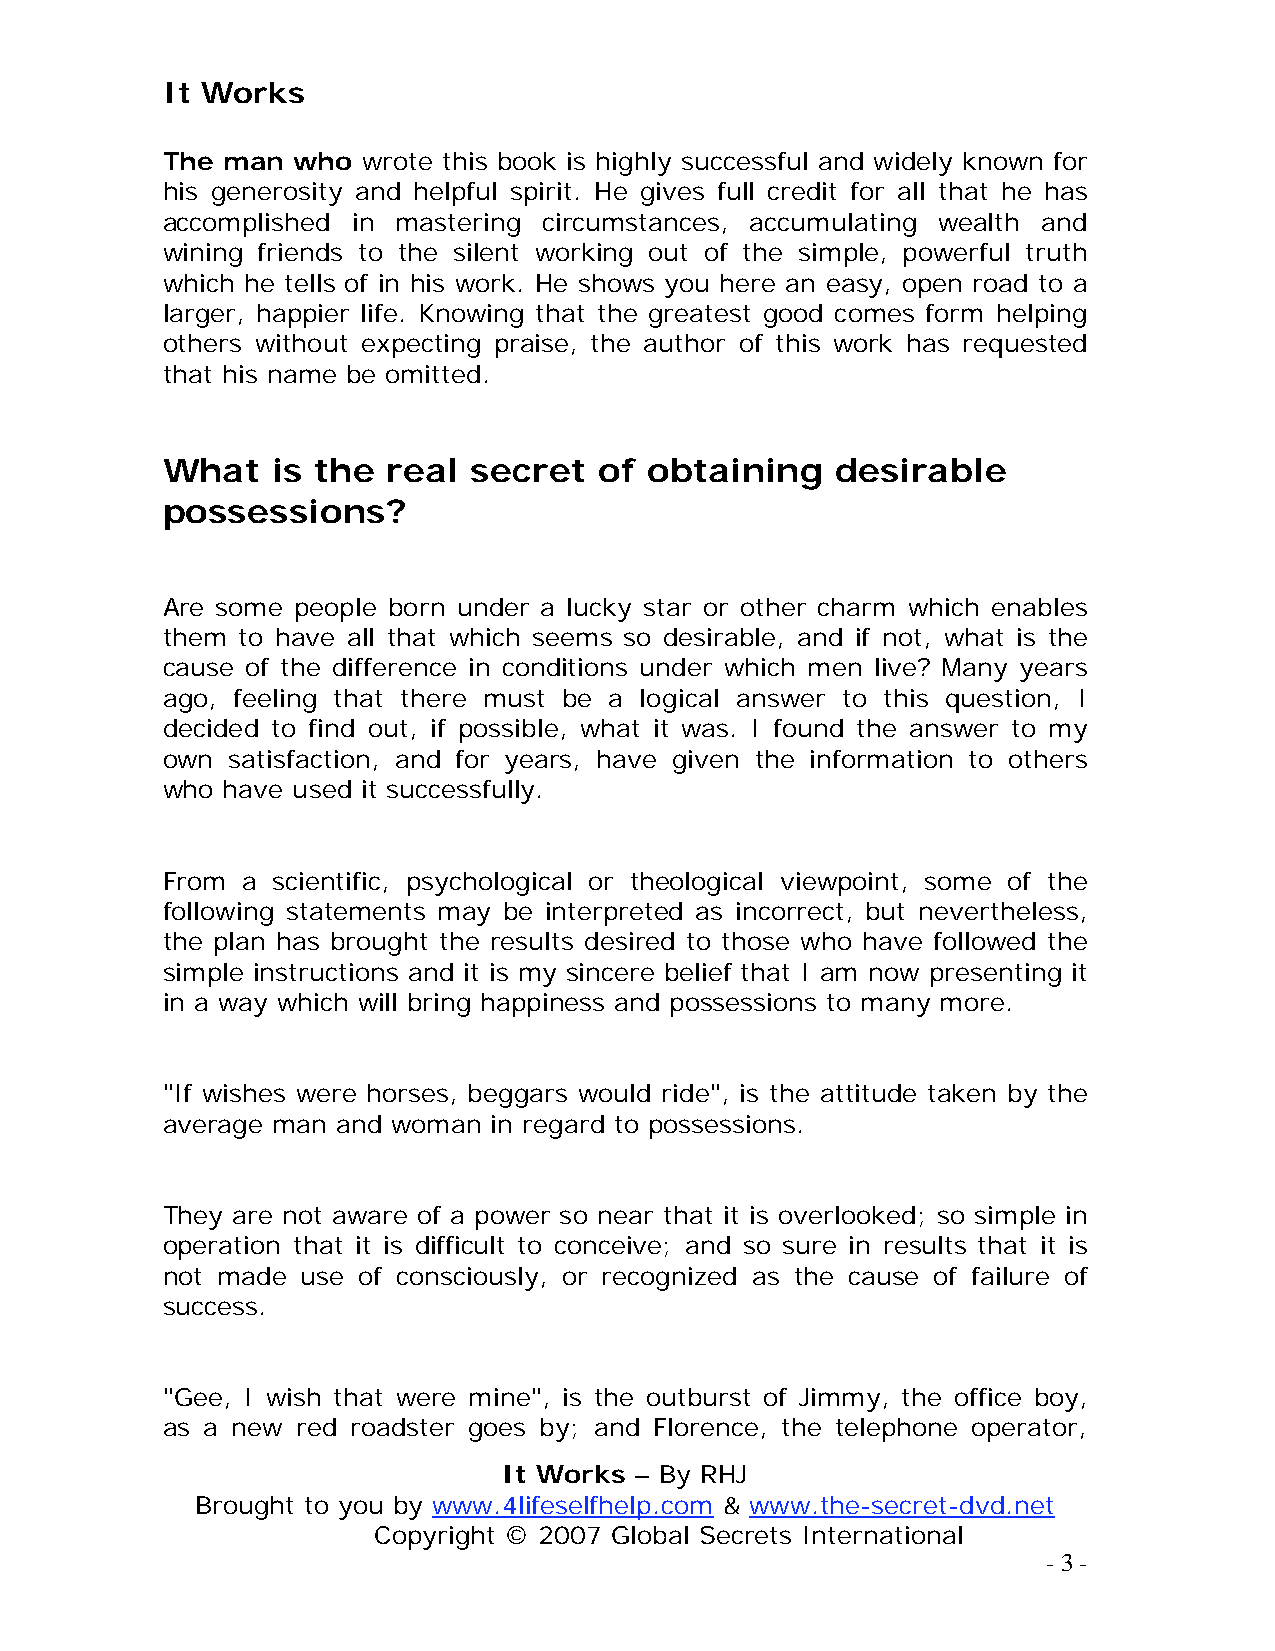
It Works
 The man who  wrote this book is highly successful and widely known for
 his generosity and helpful spirit. He gives full credit for all that he has
 accomplished in mastering circumstances, accumulating wealth and
 wining friends to the silent working out of the simple, powerful truth
 which he tells of in his work. He shows you here an easy, open road to a
 larger, happier life. Knowing that the greatest good comes form helping
 others without expecting praise, the author of this work has requested
 that his name be omitted.
 What   is the  real secret   of obtaining   desirable
 possessions?
 Are some people born under a lucky star or other charm which enables
 them to have all that which seems so desirable, and if not, what is the
 cause of the difference in conditions under which men live? Many years
 ago, feeling that there must be a logical answer to this question, I
 decided to find out, if possible, what it was. I found the answer to my
 own satisfaction, and for years, have given the information to others
 who have used it successfully.
 From a scientific, psychological or theological viewpoint, some of the
 following statements may be interpreted as incorrect, but nevertheless,
 the plan has brought the results desired to those who have followed the
 simple instructions and it is my sincere belief that I am now presenting it
 in a way which will bring happiness and possessions to many more.
 "If wishes were horses, beggars would ride", is the attitude taken by the
 average man and woman in regard to possessions.
 They are not aware of a power so near that it is overlooked; so simple in
 operation that it is difficult to conceive; and so sure in results that it is
 not made use of consciously, or recognized as the cause of failure of
 success.
 "Gee, I wish that were mine", is the outburst of Jimmy, the office boy,
 as a new red roadster goes by; and Florence, the telephone operator,
 It Works – By RHJ
 Brought to you by www.4lifeselfhelp.com & www.the-secret-dvd.net
 Copyright © 2007 Global Secrets International
 - 3 -